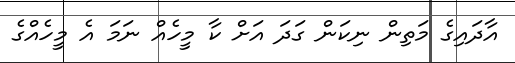
އާދައިގެ މަތިން ނިކަން ގަދަ އަށް ކާ މީހެއް ނަމަ އެ މީހެއްގެ